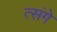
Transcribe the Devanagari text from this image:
त्संगे